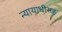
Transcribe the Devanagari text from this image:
न्यायाधीसह